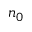
n _ { 0 }